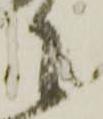
に